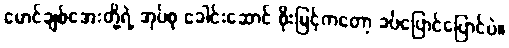
မောင်ချစ်အေးတို့ရဲ့ အုပ်စု ခေါင်းဆောင် စိုးမြင့်ကတော့ ခပ်ပြောင်ပြောင်ပဲ။